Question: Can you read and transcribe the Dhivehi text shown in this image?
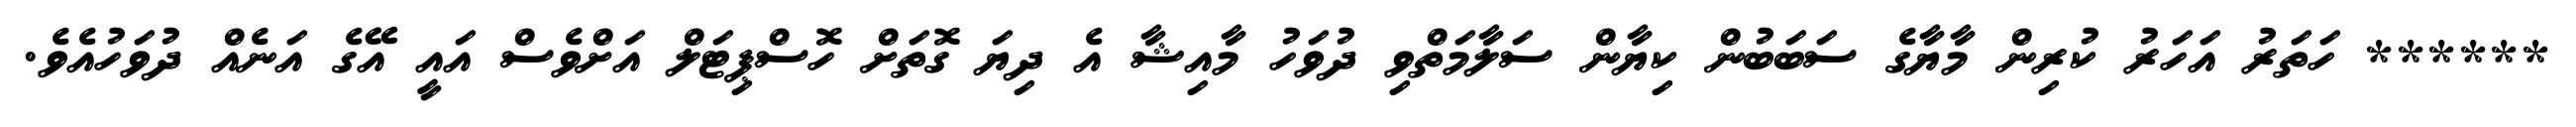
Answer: ****** ހަތަރު އަހަރު ކުރިން މާޔާގެ ސަބަބުން ކިޔާން ސަލާމަތްވި ދުވަހު މާއިޝާ އެ ދިޔަ ގޮތަށް ހޮސްޕިޓަލް އަށްވެސް އައީ އޭގެ އަނެއް ދުވަހުއެވެ.